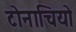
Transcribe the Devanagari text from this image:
टोनाचियो